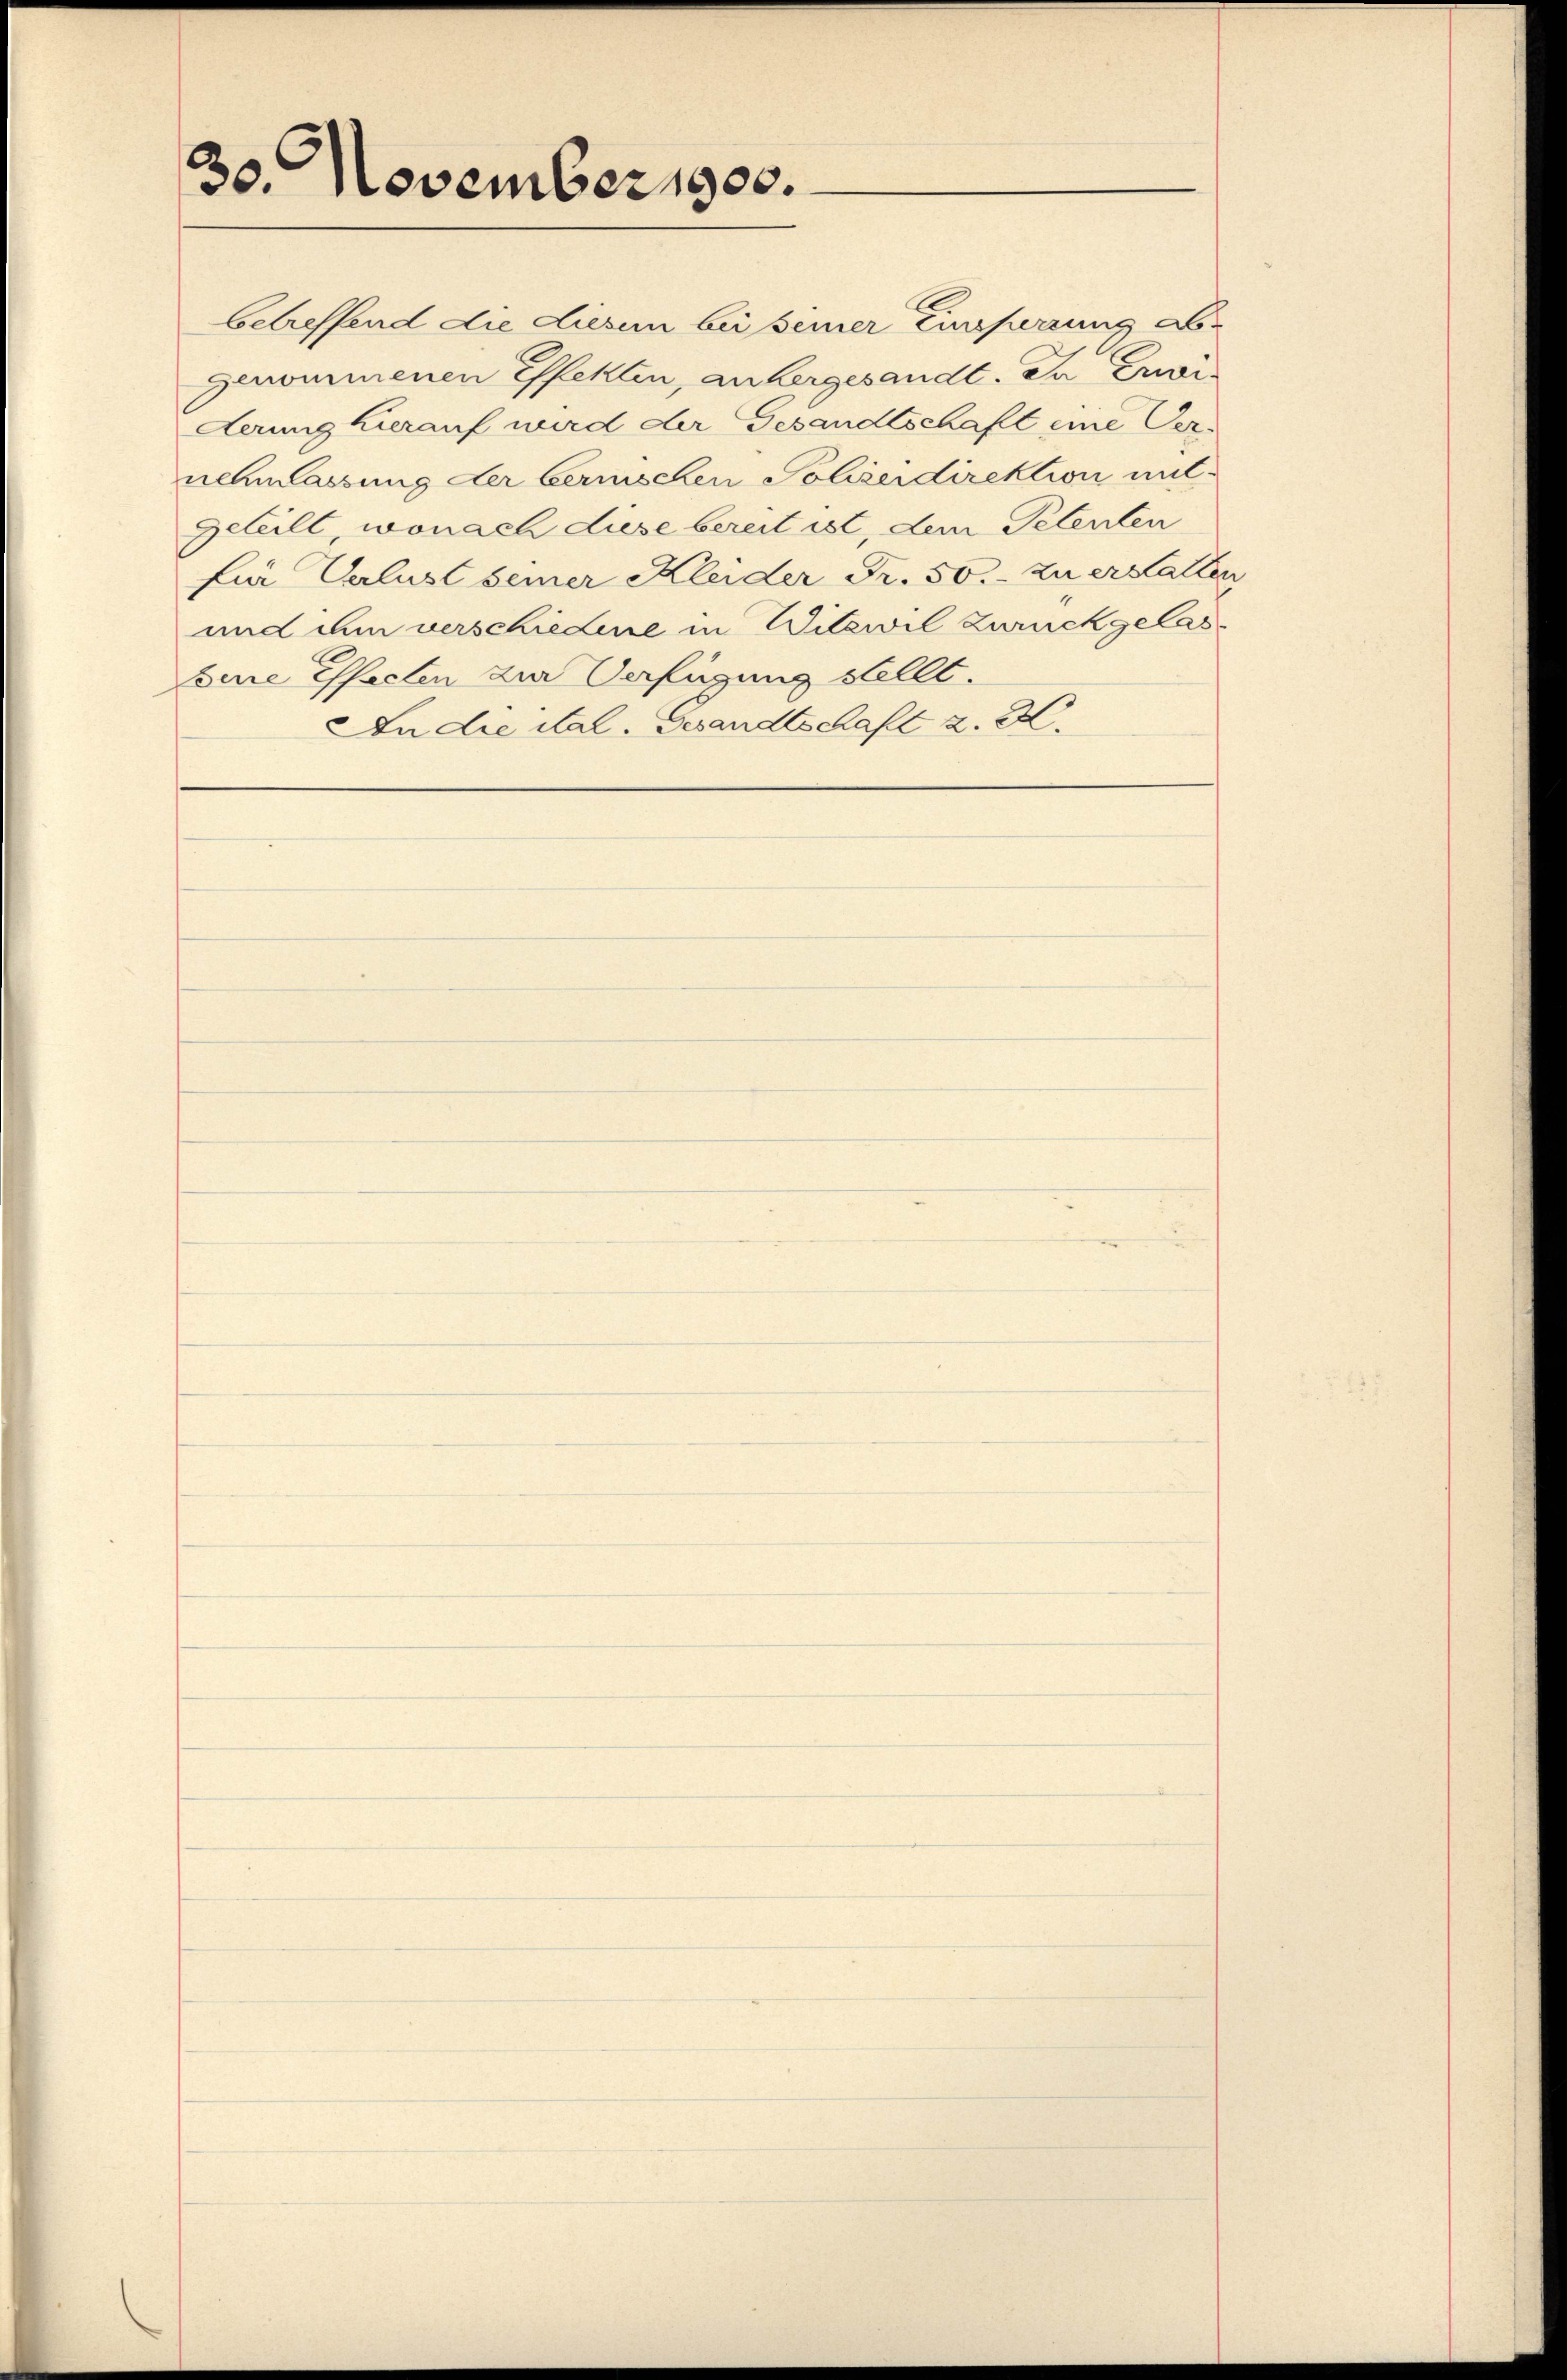
30 November 1900.

betreffend die diesen bei seiner Einsperrung ab-
genommenen Effekten, anbergesandt. Da Erwi¬
Aerung hierauf wird der Gesandtschaft eine Vernehmlassung der bernischen Polizeidirektion mit-
geteilt, wonach diese bereit ist, dem Petenten
für Verlust seiner Kleider Fr. 50.- zu erhalten
und ihm verschiedene in Witzwil Zweckgelas¬
Sine Effecten die Verfügung stellt.
An die ital. Gesandtschaft z. B.